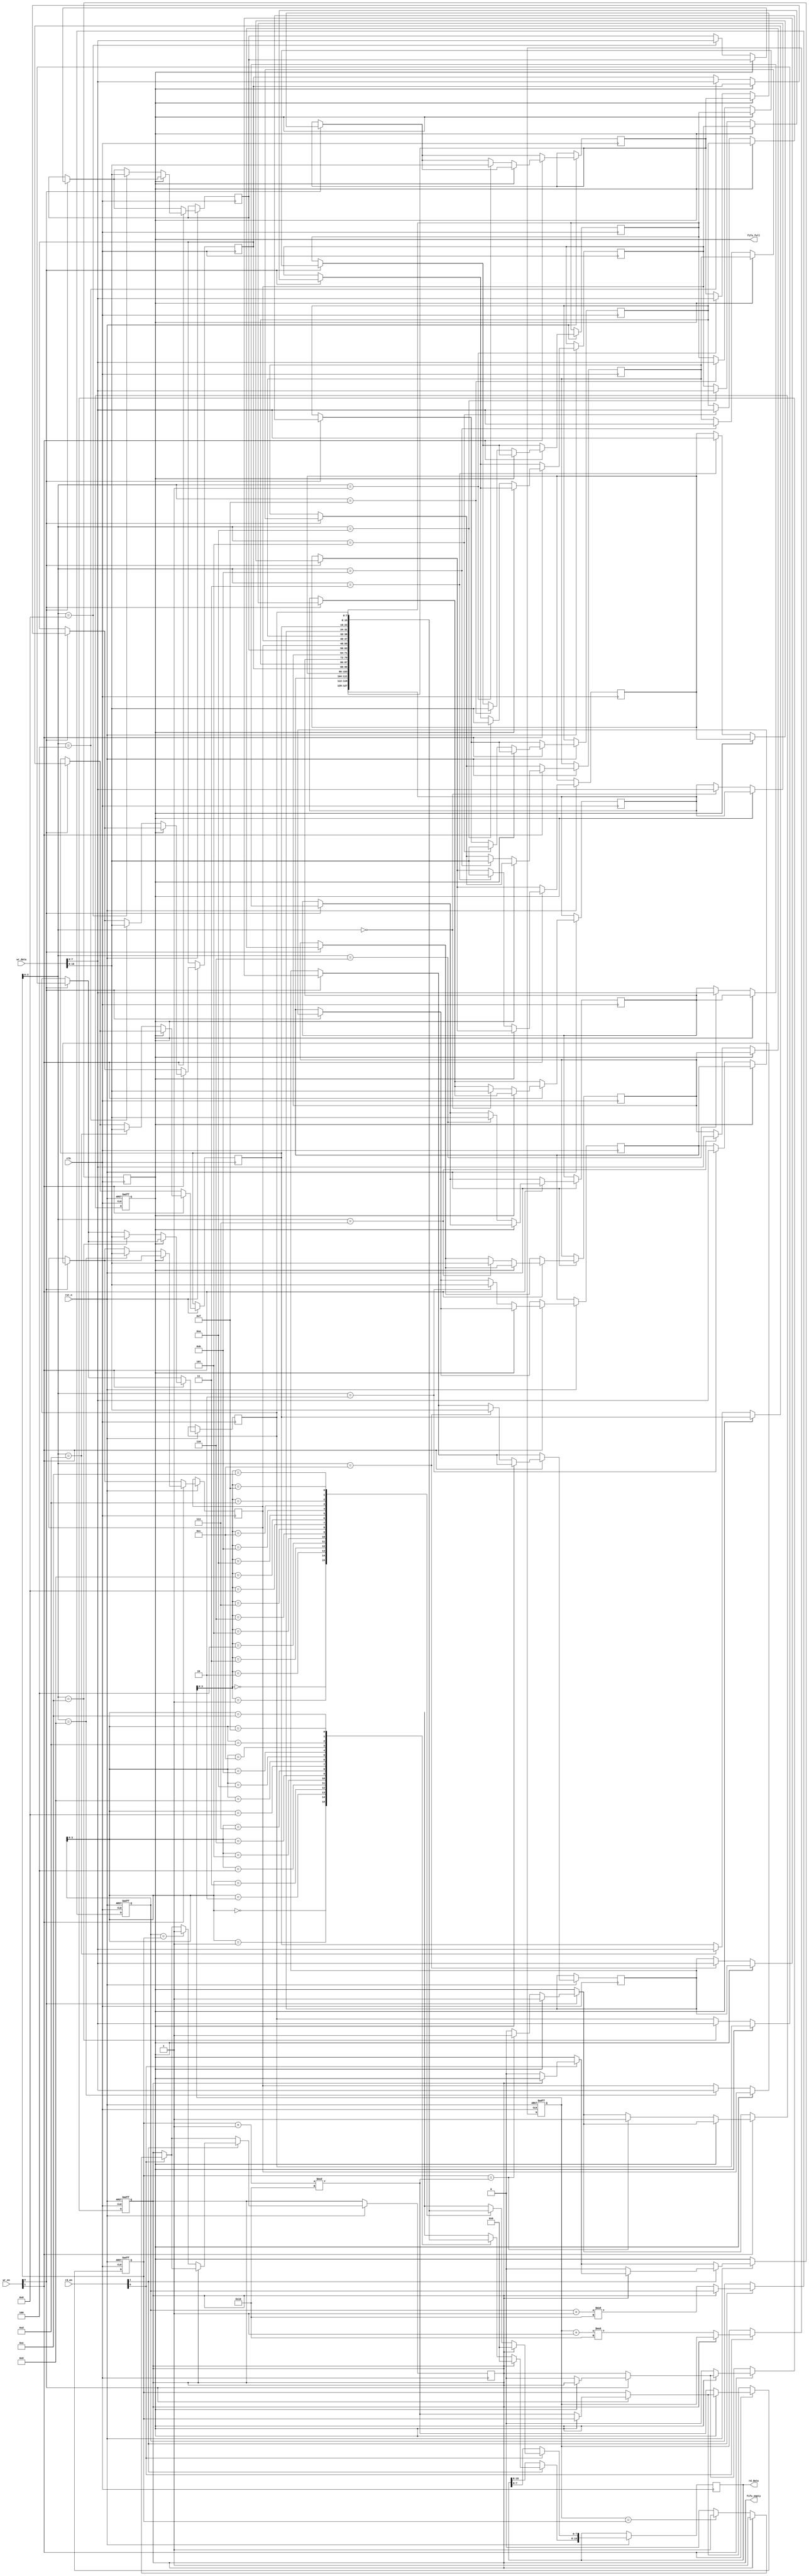
module multiport_fifo #(
    parameter DEPTH = 16,   // FIFO depth (number of entries)
    parameter WIDTH = 8,    // Width of each entry in bits
    parameter NUM_READ_PORTS = 2, // Number of read ports
    parameter NUM_WRITE_PORTS = 2  // Number of write ports
) (
    input wire clk,
    input wire rst_n,

    // Write Ports
    input wire [NUM_WRITE_PORTS-1:0] wr_en,      // Write enable for each write port
    input wire [NUM_WRITE_PORTS*WIDTH-1:0] wr_data, // Write data for each write port

    // Read Ports
    input wire [NUM_READ_PORTS-1:0] rd_en,        // Read enable for each read port
    output wire [NUM_READ_PORTS*WIDTH-1:0] rd_data, // Read data for each read port
    output wire fifo_full,
    output wire fifo_empty
);

    // Internal storage array
    reg [WIDTH-1:0] fifo_mem [0:DEPTH-1];
    reg [31:0] wr_pointer = 0;
    reg [31:0] rd_pointer [0:NUM_READ_PORTS-1];

    // Status flags
    reg full_flag = 0;
    reg empty_flag = 1;

    // Write Logic
    integer i;
    always @(posedge clk or negedge rst_n) begin
        if (!rst_n) begin
            wr_pointer <= 0;
            full_flag <= 0;
            empty_flag <= 1;
        end else begin
            for (i = 0; i < NUM_WRITE_PORTS; i = i + 1) begin
                if (wr_en[i]) begin
                    if (!full_flag) begin
                        fifo_mem[wr_pointer] <= wr_data[(i*WIDTH) +: WIDTH];
                        wr_pointer <= (wr_pointer + 1) % DEPTH;

                        // Update full flag
                        if (wr_pointer == ((wr_pointer + 1) % DEPTH)) begin
                            full_flag <= 1;
                        end
                        empty_flag <= 0; // FIFO is not empty after a write
                    end
                end
            end
        end
    end

    // Read Logic
    integer j;
    always @(posedge clk or negedge rst_n) begin
        if (!rst_n) begin
            for (j = 0; j < NUM_READ_PORTS; j = j + 1) begin
                rd_pointer[j] <= 0;
            end
        end else begin
            for (j = 0; j < NUM_READ_PORTS; j = j + 1) begin
                if (rd_en[j]) begin
                    if (!empty_flag) begin
                        rd_data[(j*WIDTH) +: WIDTH] <= fifo_mem[rd_pointer[j]];
                        rd_pointer[j] <= (rd_pointer[j] + 1) % DEPTH;

                        // Update empty flag
                        if (rd_pointer[j] == wr_pointer) begin
                            empty_flag <= 1;
                        end
                        full_flag <= 0; // FIFO is not full after a read
                    end else begin
                        rd_data[(j*WIDTH) +: WIDTH] <= {WIDTH{1'b0}}; // Default value on read from empty FIFO
                    end
                end
            end
        end
    end

    // Status Flags
    assign fifo_full = full_flag;
    assign fifo_empty = empty_flag;

endmodule